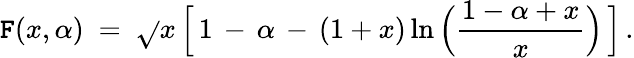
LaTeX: \mathtt{F}(x,\alpha)\ =\ \sqrt{}{{x}}\, \Big[\, 1\, -\, \alpha\, -\, (1+x)\ln\Big(\frac{{1-\alpha+x}}{{x}}\Big)\, \Big]\, .